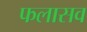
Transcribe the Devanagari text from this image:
फलासव